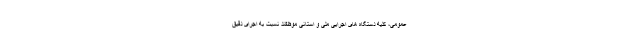
عمومی، کلیه دستگاه های اجرایی ملی و استانی موظفند نسبت به اجرای دقیق